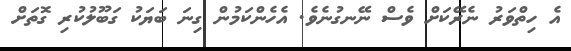
އެ ހިތްވަރު ނެރޭކަށް ވެސް ނޭނގުނެވެ. އެހެންކަމުން ގިނަ ބަޔަކު ގަބޫލުކުރި ގޮތަށް